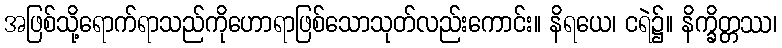
အဖြစ်သို့ရောက်ရာသည်ကိုဟောရာဖြစ်သောသုတ်လည်းကောင်း။ နိရယေ၊ ငရဲ၌။ နိက္ခိတ္တဿ၊